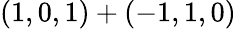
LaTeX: (1,0,1)+(-1,1,0)